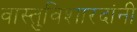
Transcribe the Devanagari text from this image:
वास्तुविशारदांनी